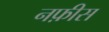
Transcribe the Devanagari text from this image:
नफ़ीस